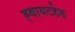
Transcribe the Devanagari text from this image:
ह्वायटहेड